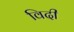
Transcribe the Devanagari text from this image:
विदी